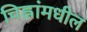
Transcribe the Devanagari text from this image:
चिह्नांमधील